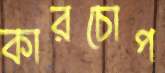
কারচোপ